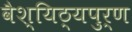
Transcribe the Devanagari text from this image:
वैश्यिठ्यपुर्ण